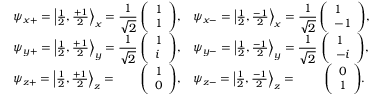
{ \begin{array} { l c l c } { \psi _ { x + } = \left| { \frac { 1 } { 2 } } , { \frac { + 1 } { 2 } } \right\rangle _ { x } = \displaystyle { \frac { 1 } { \sqrt { 2 } } } \! \! \! \! \! } & { { \left( \begin{array} { l } { { 1 } } \\ { { 1 } } \end{array} \right) } , } & { \psi _ { x - } = \left| { \frac { 1 } { 2 } } , { \frac { - 1 } { 2 } } \right\rangle _ { x } = \displaystyle { \frac { 1 } { \sqrt { 2 } } } \! \! \! \! \! } & { { \left( \begin{array} { l } { { 1 } } \\ { { - 1 } } \end{array} \right) } , } \\ { \psi _ { y + } = \left| { \frac { 1 } { 2 } } , { \frac { + 1 } { 2 } } \right\rangle _ { y } = \displaystyle { \frac { 1 } { \sqrt { 2 } } } \! \! \! \! \! } & { { \left( \begin{array} { l } { { 1 } } \\ { { i } } \end{array} \right) } , } & { \psi _ { y - } = \left| { \frac { 1 } { 2 } } , { \frac { - 1 } { 2 } } \right\rangle _ { y } = \displaystyle { \frac { 1 } { \sqrt { 2 } } } \! \! \! \! \! } & { { \left( \begin{array} { l } { { 1 } } \\ { { - i } } \end{array} \right) } , } \\ { \psi _ { z + } = \left| { \frac { 1 } { 2 } } , { \frac { + 1 } { 2 } } \right\rangle _ { z } = } & { { \left( \begin{array} { l } { 1 } \\ { 0 } \end{array} \right) } , } & { \psi _ { z - } = \left| { \frac { 1 } { 2 } } , { \frac { - 1 } { 2 } } \right\rangle _ { z } = } & { { \left( \begin{array} { l } { 0 } \\ { 1 } \end{array} \right) } . } \end{array} }